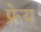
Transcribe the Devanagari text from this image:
फ्रेय